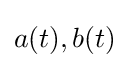
a(t),b(t)